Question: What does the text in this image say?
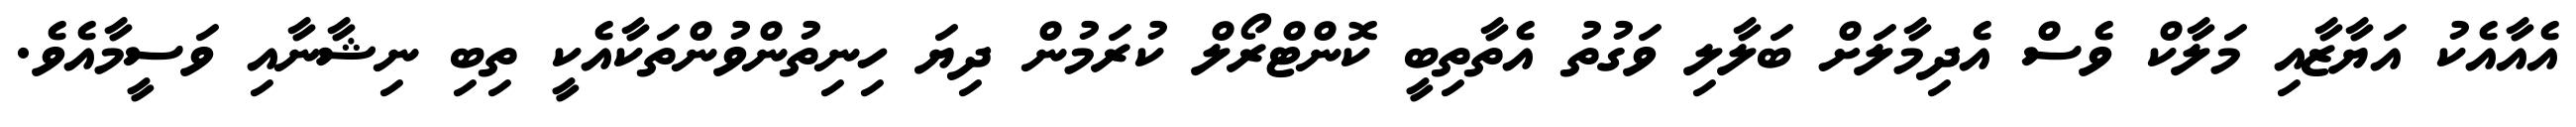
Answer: އެއާއެކު އަޔާޒާއި މަލާކް ވެސް އެދިމާލަށް ބަލާލި ވަގުތު އެތާތިބީ ކޮންޓްރޯލް ކުރަމުން ދިޔަ ހިނިތުންވުންތަކާއެކީ ތިބި ނިޝާނާއި ވަސީމާއެވެ.